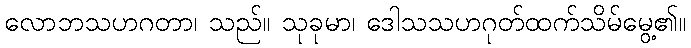
လောဘသဟဂတာ၊ သည်။ သုခုမာ၊ ဒေါသသဟဂုတ်ထက်သိမ်မွေ့၏။